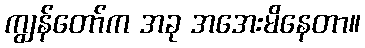
ကျွန်တော်က အခု အအေးမိနေတာ။